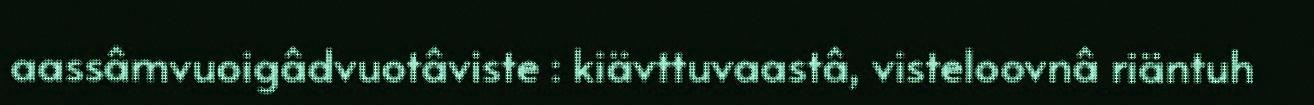
aassâmvuoigâdvuotâviste : kiävttuvaastâ, visteloovnâ riäntuh